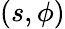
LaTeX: (s,\phi)